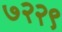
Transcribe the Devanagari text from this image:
७२२९